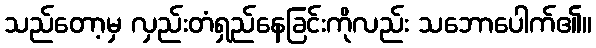
သည်တော့မှ လှည်းတံရှည်နေခြင်းကိုလည်း သဘောပေါက်၏။